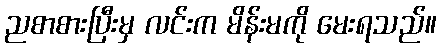
ညစာစားပြီးမှ လင်းက မိန်းမကို မေးရသည်။